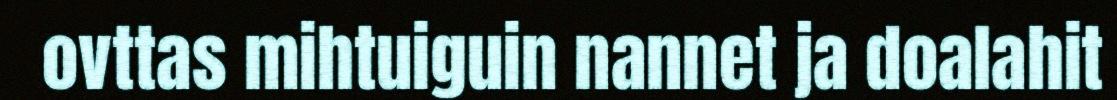
ovttas mihtuiguin nannet ja doalahit